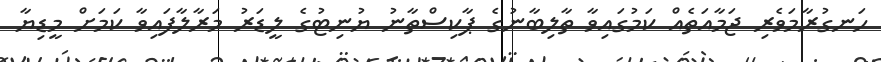
ހަނގުރާމަވެރި ޖަމާއަތެއް ކަމުގައިވާ ތާލިބާނުގެ ޕާކިސްތާނު ޔުނިޓުގެ ލީޑަރު މަރާލާފައިވާ ކަމަށް މީޑިޔާ